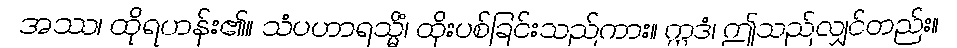
အဿ၊ ထိုရဟန်း၏။ သံပဟာရသ္မိံ၊ ထိုးပစ်ခြင်းသည်ကား။ ဣဒံ၊ ဤသည်လျှင်တည်း။